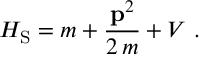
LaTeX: H _ { \mathrm { S } } = m + \frac { { \bf p } ^ { 2 } } { 2 \, m } + V \ .